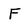
Character: F